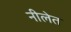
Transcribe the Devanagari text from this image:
नीलेत